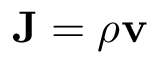
\mathbf { J } = \rho \mathbf { v }